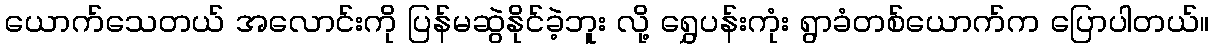
ယောက်သေတယ် အလောင်းကို ပြန်မဆွဲနိုင်ခဲ့ဘူး လို့ ရွှေပန်းကုံး ရွာခံတစ်ယောက်က ပြောပါတယ်။